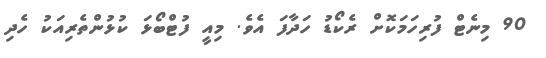
90 މިނެޓް ފުރިހަމަކޮށް ރެކޯޑު ހަދާފަ އެވެ. މިއީ ފުޓްބޯޅަ ކުޅުންތެރިއަކު ހެދި